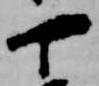
丁